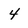
Character: 4